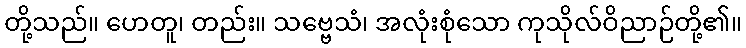
တို့သည်။ ဟေတူ၊ တည်း။ သဗ္ဗေသံ၊ အလုံးစုံသော ကုသိုလ်ဝိညာဉ်တို့၏။